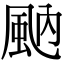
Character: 𩖯